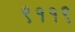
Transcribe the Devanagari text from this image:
९११९